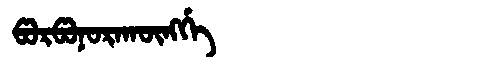
Manchu: ᡦᠣᡵᡦᠣᠨᠣᡵᠠᡴᡡᠩᡤᡝ
Romanization: PORPONORAKŪNGGE